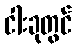
ငါးခုတွင်